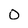
Character: O